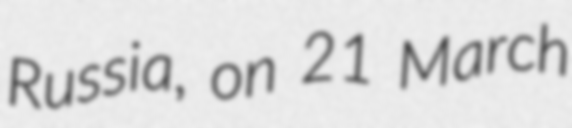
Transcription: Russia, on 21 March